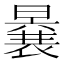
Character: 𭧽